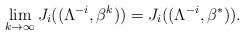
LaTeX: \begin{align*}\lim_{k\rightarrow\infty}J_i((\Lambda^{-i},\beta^k)) = J_i((\Lambda^{-i},\beta^*)). \end{align*}